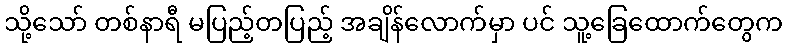
သို့သော် တစ်နာရီ မပြည့်တပြည့် အချိန်လောက်မှာ ပင် သူ့ခြေထောက်တွေက